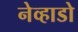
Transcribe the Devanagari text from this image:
नेव्हाडो